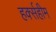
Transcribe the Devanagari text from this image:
हर्क्सहीम